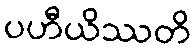
ပဟီယိဿတိ